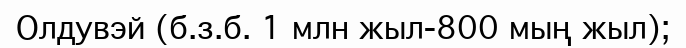
Олдувэй (б.з.б. 1 млн жыл-800 мың жыл);